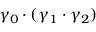
\gamma _ { 0 } \cdot ( \gamma _ { 1 } \cdot \gamma _ { 2 } )